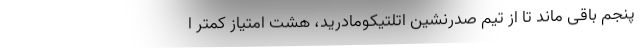
پنجم باقی ماند تا از تیم صدرنشین اتلتیکومادرید، هشت امتیاز کمتر ا